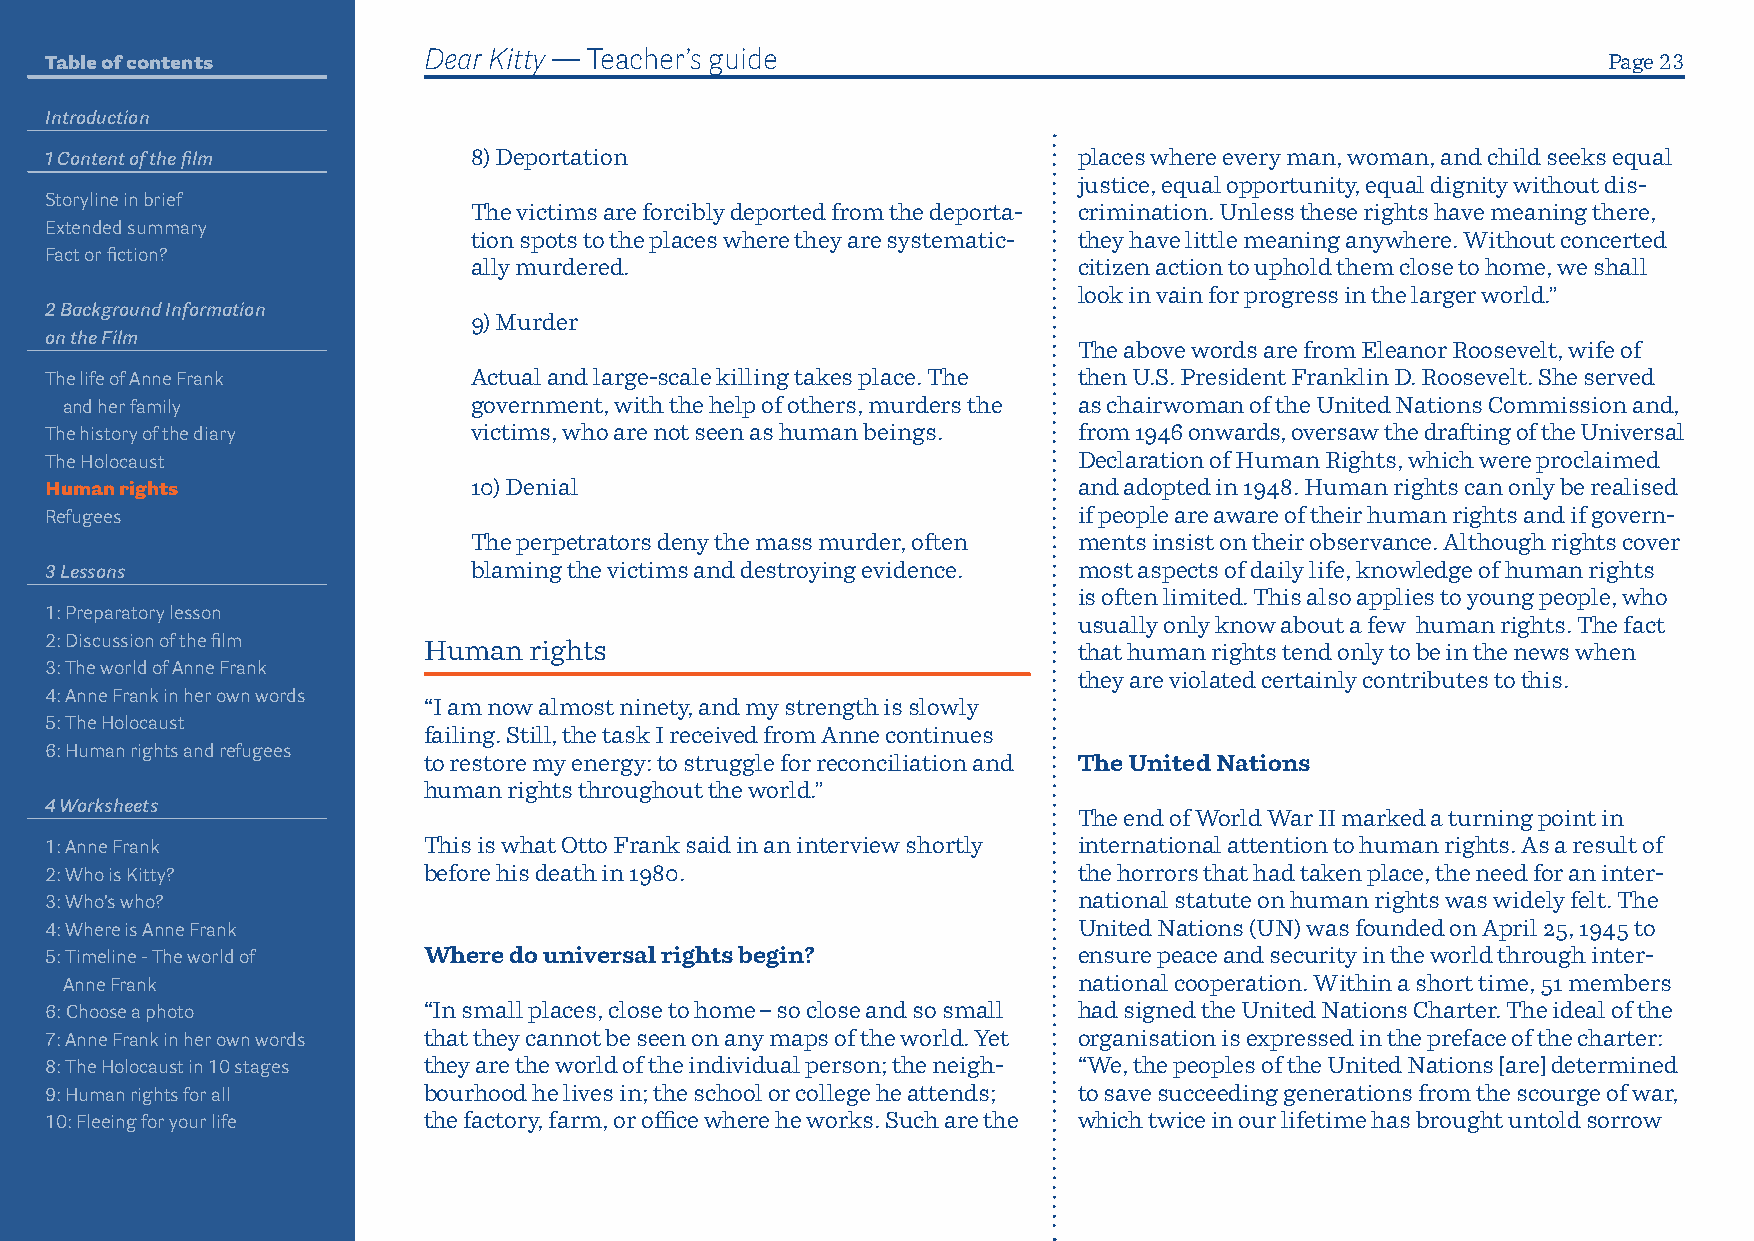
Table of contents        Dear Kitty — Teacher’s guide                                                  Page 23
 Introduction
 1 Content of the film       8) Deportation                          places where every man, woman, and child seeks equal
 justice, equal opportunity, equal dignity without dis-
 Storyline in brief
 The victims are forcibly deported from the deporta- crimination. Unless these rights have meaning there,
 Extended summary
 tion spots to the places where they are systematic- they have little meaning anywhere. Without concerted
 Fact or fiction?
 ally murdered.                          citizen action to uphold them close to home, we shall
 look in vain for progress in the larger world.”
 2 Background Information
 9) Murder
 on the Film
 The above words are from Eleanor Roosevelt, wife of
 The life of Anne Frank      Actual and large-scale killing takes place. The then U.S. President Franklin D. Roosevelt. She served
 and her family             government, with the help of others, murders the as chairwoman of the United Nations Commission and,
 The history of the diary    victims, who are not seen as human beings. from 1946 onwards, oversaw the drafting of the Universal
 The Holocaust                                                       Declaration of Human Rights, which were proclaimed
 Human rights                10) Denial                              and adopted in 1948. Human rights can only be realised
 Refugees                                                            if people are aware of their human rights and if govern-
 The perpetrators deny the mass murder, often ments insist on their observance. Although rights cover
 3 Lessons                   blaming the victims and destroying evidence. most aspects of daily life, know ledge of human rights
 is often limited. This also applies to young people, who
 1: Preparatory lesson
 usually only know about a few human rights. The fact
 2: Discussion of the film
 Human  rights                              that human rights tend only to be in the news when
 3: The world of Anne Frank
 they are violated certainly contributes to this.
 4: Anne Frank in her own words
 “I am now almost ninety, and my strength is slowly
 5: The Holocaust
 failing. Still, the task I received from Anne continues
 6: Human rights and refugees
 to restore my energy: to struggle for reconciliation and The United Nations
 human rights throughout the world.”
 4 Worksheets
 The end of World War II marked a turning point in
 1: Anne Frank            This is what Otto Frank said in an interview shortly international attention to human rights. As a result of
 2: Who is Kitty?         before his death in 1980.                  the horrors that had taken place, the need for an inter-
 3: Who’s who?                                                       national statute on human rights was widely felt. The
 4: Where is Anne Frank                                              United Nations (UN) was founded on April 25, 1945 to
 5: Timeline - The world of Where do universal rights begin?         ensure peace and security in the world through inter-
 Anne Frank                                                         national cooperation. Within a short time, 51 members
 6: Choose a photo        “In small places, close to home – so close and so small had signed the United Nations Charter. The ideal of the
 7: Anne Frank in her own words that they cannot be seen on any maps of the world. Yet organisation is expressed in the preface of the charter:
 8: The Holocaust in 10 stages they are the world of the individual person; the neigh- “We, the peoples of the United Nations [are] determined
 9: Human rights for all  bourhood he lives in; the school or college he attends; to save succeeding generations from the scourge of war,
 10: Fleeing for your life the factory, farm, or office where he works. Such are the which twice in our lifetime has brought untold sorrow